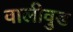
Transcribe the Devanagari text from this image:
वालीवुड